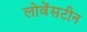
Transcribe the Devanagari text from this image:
लोवेंसटीन